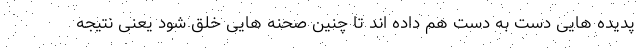
پدیده هایی دست به دست هم داده اند تا چنین صحنه هایی خلق شود یعنی نتیجه